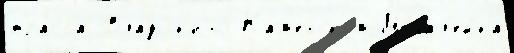
тра́сса Владык'ино Ка́м'енском Мочал'ейка